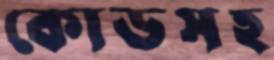
কোডসহ